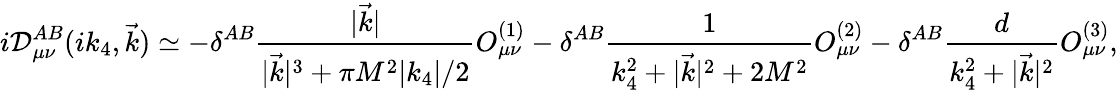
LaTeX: i{\cal D}_{\mu\nu}^{AB}(ik_{4},\vec{k})\simeq-\delta^{AB}\frac{|\vec{k}|}{|\vec{k}|^{3}+\pi M^{2}|k_{4}|/2}O_{\mu\nu}^{(1)}-\delta^{AB}\frac{1}{k_{4}^{2}+|\vec{k}|^{2}+2M^{2}}O_{\mu\nu}^{(2)}-\delta^{AB}\frac{d}{k_{4}^{2}+|\vec{k}|^{2}}O_{\mu\nu}^{(3)},